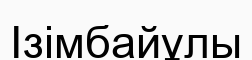
Ізімбайұлы